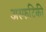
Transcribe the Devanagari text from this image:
अस्फटिकी